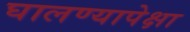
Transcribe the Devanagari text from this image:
घालण्यापेक्षा